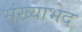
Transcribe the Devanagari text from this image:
संख्याभेद